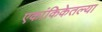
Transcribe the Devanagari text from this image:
एकांकिकेतल्या